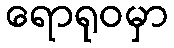
ရောရုဝမှာ